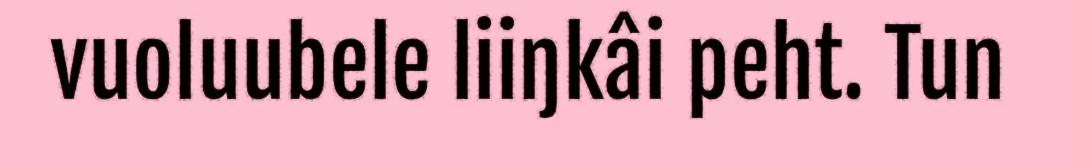
vuoluubele liiŋkâi peht. Tun